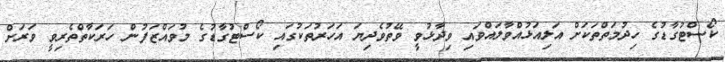
ކޯސްޓުގާޑުގެ ހިދުމަތްތަކަށް އަލިއަޅުއްވާލައްވައި ވިދާޅުވީ ވޭތުވެދިޔަ އަހަރުތަކުގައި ކޯސްޓުގާޑުގެ މުވައްޒަފުން ހަރަކާތްތެރިވީ ވަރަށް